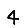
Digit: 4